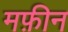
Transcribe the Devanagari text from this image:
मफ़ीन